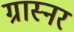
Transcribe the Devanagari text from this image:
ग्रास्नर